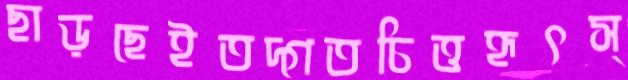
ছাড়ছেইতদ্গতচিত্তহৃৎস্